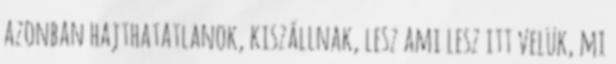
azonban hajthatatlanok, kiszállnak, lesz ami lesz itt velük, mi